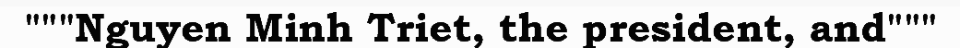
"""Nguyen Minh Triet, the president, and"""